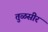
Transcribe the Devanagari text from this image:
तुळसीर